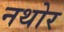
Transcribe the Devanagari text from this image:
नथोर